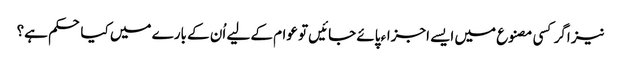
نیز اگر کسی مصنوع میں ایسے اجزاء پائے جائیں تو عوام کے لیے اُن کے بارے میں کیا حکم ہے؟